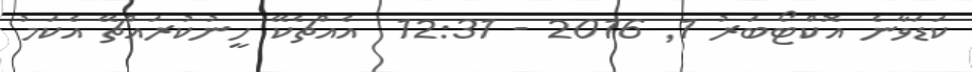
ކަޑަވާނެ އޮކްޓޯބަރު 1